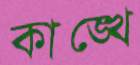
কাঙ্খে